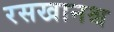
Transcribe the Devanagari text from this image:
रसखानश्च